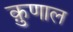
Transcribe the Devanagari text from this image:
क़ुणाल